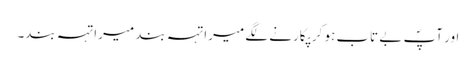
اور آپؐ بے تاب ہو کر پکارنے لگے میرا تہہ بند میرا تہہ بند۔